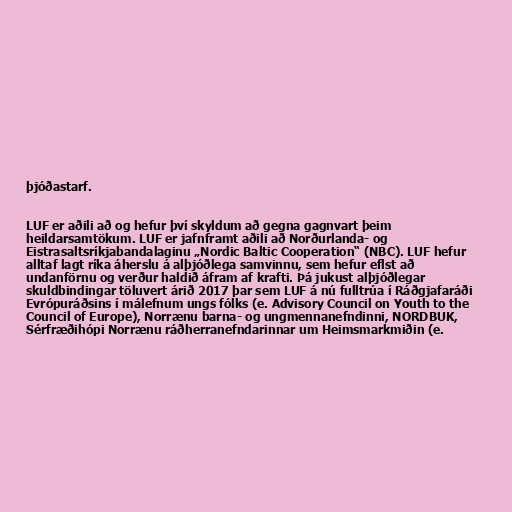
þjóðastarf.

LUF er aðili að og hefur því skyldum að gegna gagnvart þeim
heildarsamtökum. LUF er jafnframt aðili að Norðurlanda- og
Eistrasaltsríkjabandalaginu „Nordic Baltic Cooperation“ (NBC). LUF hefur
alltaf lagt ríka áherslu á alþjóðlega samvinnu, sem hefur eflst að
undanförnu og verður haldið áfram af krafti. Þá jukust alþjóðlegar
skuldbindingar töluvert árið 2017 þar sem LUF á nú fulltrúa í Ráðgjafaráði
Evrópuráðsins í málefnum ungs fólks (e. Advisory Council on Youth to the
Council of Europe), Norrænu barna- og ungmennanefndinni, NORDBUK,
Sérfræðihópi Norrænu ráðherranefndarinnar um Heimsmarkmiðin (e.